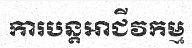
ការបន្តអាជីវកម្ម